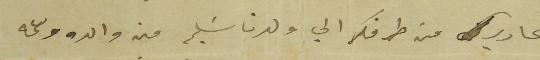
تحارير من طرفكم الي ولدنا سَليم من والده وعمه